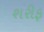
શરીફ